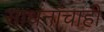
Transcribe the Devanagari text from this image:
साधनांचाही